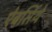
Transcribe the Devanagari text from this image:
ऐबसिंथे